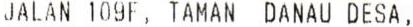
JALAN 109F, TAMAN DANAU DESA,